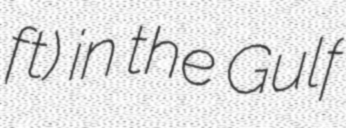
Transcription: ft) in the Gulf